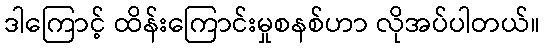
ဒါကြောင့် ထိန်းကြောင်းမှုစနစ်ဟာ လိုအပ်ပါတယ်။